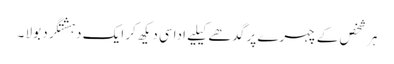
ہر شخص کے چہرے پر گدھے کیلیے اداسی دیکھ کر ایک دہشتگرد بولا ۔